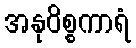
အနုဝိစ္စကာရံ